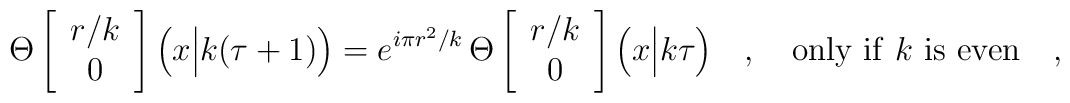
\Theta\left[\begin{array}{c}	r/k \\ 0	\end{array}\right]\Big(x\Big|k(\tau+1)\Big)=e^{i\pi r^2/k}\,\Theta\left[\begin{array}{c}	r/k \\ 0	\end{array}\right]\Big(x\Big|k\tau\Big)\ \ \ ,\ \ \ {\rm only\ if}\ k\ {\rm is\ even}\ \ \ ,